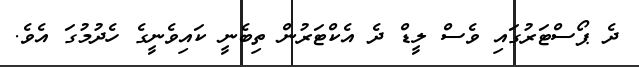
ދެ ޕޯސްޓަރުގައި ވެސް ލީޑް ދެ އެކްޓަރުން ތިބެނީ ކައިވެނީގެ ހެދުމުގަ އެވެ.